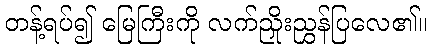
တန့်ရပ်၍ မြေကြီးကို လက်ညှိုးညွှန်ပြလေ၏။